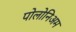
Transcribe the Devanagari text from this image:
पोलोनिअम